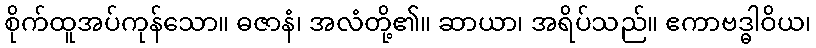
စိုက်ထူအပ်ကုန်သော။ ဓဇာနံ၊ အလံတို့၏။ ဆာယာ၊ အရိပ်သည်။ ဧကာဗဒ္ဓါဝိယ၊